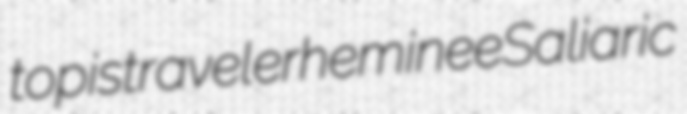
topis traveler heminee Saliaric